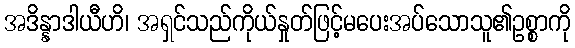
အဒိန္နာဒါယီဟိ၊ အရှင်သည်ကိုယ်နှုတ်ဖြင့်မပေးအပ်သောသူ၏ဥစ္စာကို